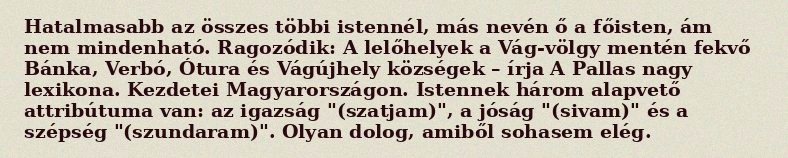
Hatalmasabb az összes többi istennél, más nevén ő a főisten, ám nem mindenható. Ragozódik: A lelőhelyek a Vág-völgy mentén fekvő Bánka, Verbó, Ótura és Vágújhely községek – írja A Pallas nagy lexikona. Kezdetei Magyarországon. Istennek három alapvető attribútuma van: az igazság "(szatjam)", a jóság "(sivam)" és a szépség "(szundaram)". Olyan dolog, amiből sohasem elég.